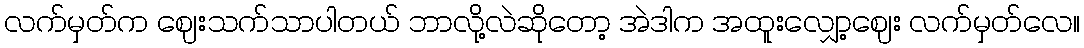
လက်မှတ်က ဈေးသက်သာပါတယ် ဘာလို့လဲဆိုတော့ အဲဒါက အထူးလျှော့ဈေး လက်မှတ်လေ။